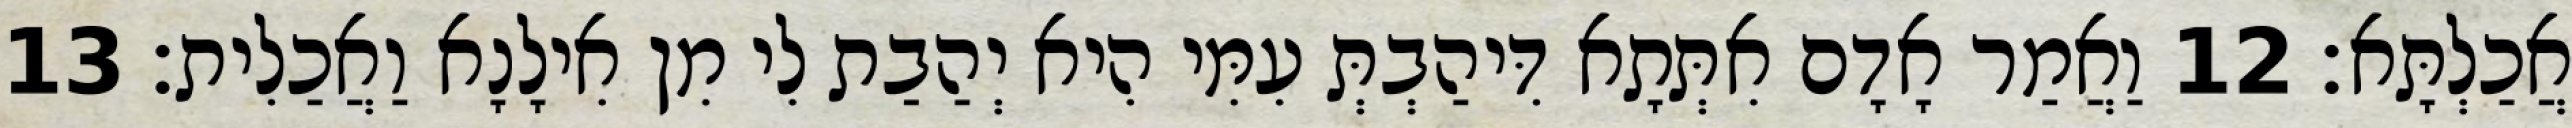
אֲכַלְתָּא׃ 12 וַאֲמַר אָדָם אִתְּתָא דִּיהַבְתְּ עִמִּי הִיא יְהַבַת לִי מִן אִילָנָא וַאֲכַלִית׃ 13